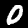
Label: 0